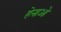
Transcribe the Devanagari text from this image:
हेनाओ